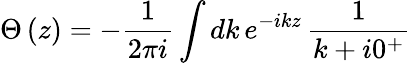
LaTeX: \Theta\left(z\right)=-\frac{1}{2\pi i}\int dk\, e^{-ikz}\, \frac{1}{k+i0^{+}}